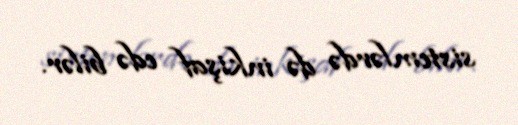
sistemlərdə də inkişaf edə bilər.